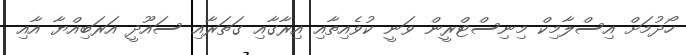
ހޯދުމަށް އިސްލާމިކް މިނިސްޓްރީން ވަނީ ކުވެއިތާއި އިރާގާއި ގަތަރާއި ސައޫދީ އަރަބިއްޔާ އާއި